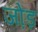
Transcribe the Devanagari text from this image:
जो़ड़